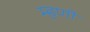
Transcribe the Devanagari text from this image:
म्‍हणी